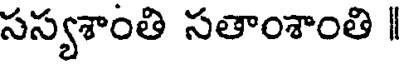
సస్యశాంతి సతాంశాంతి